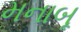
મનાબૂ